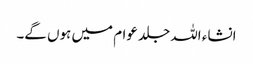
انشاء اللہ جلد عوام میں ہوں گے۔